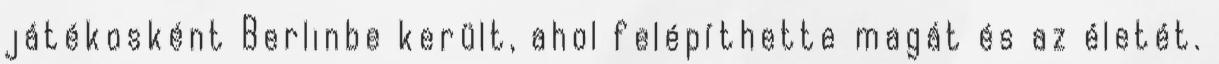
játékosként Berlinbe került, ahol felépíthette magát és az életét.